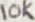
Text: 10K